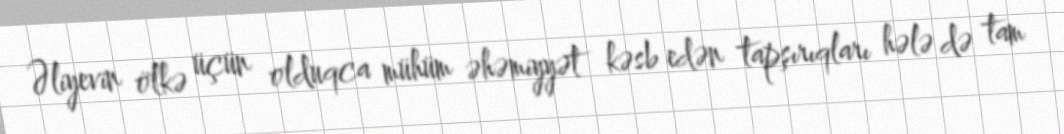
Əliyevin ölkə üçün olduqca mühüm əhəmiyyət kəsb edən tapşırıqları hələ də tam